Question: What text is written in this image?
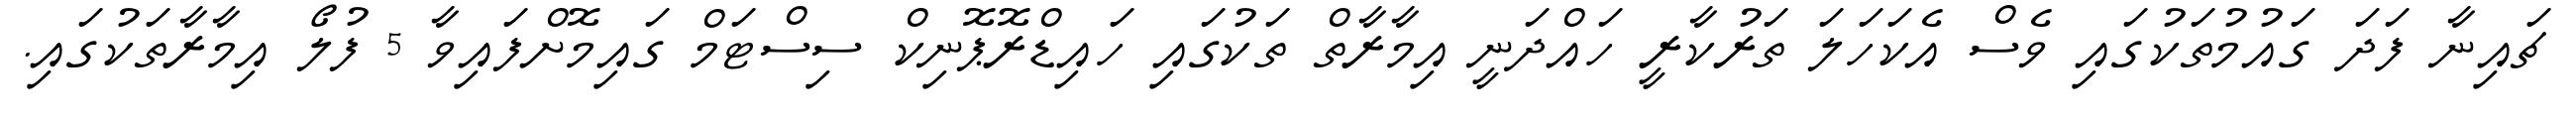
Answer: ޗައިނާ ފަދަ ގައުމުތަކުގައި ވެސް އެކަހަލަ ތަރުކާރީ ހައްދަނީ އިމާރާތް ތަކުގައި ހައިޑްރޮޕޮނިކް ސިސްޓަމް ގައިމޮށްފައިވާ 5 ފުލޯ އިމާރާތަކުގައި.